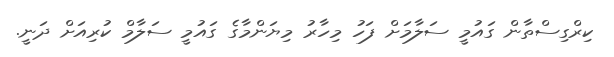
ކިރްގިސްތާން ގައުމީ ސަލާމަށް ފަހު މިހާރު މިޔަންމާގެ ގައުމީ ސަލާމް ކުރިއަށް ދަނީ.